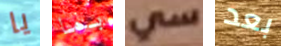
يا بما سي بعد